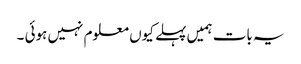
یہ بات ہمیں پہلے کیوں معلوم نہیں ہوئی ۔